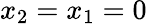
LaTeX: x_{2}=x_{1}=0